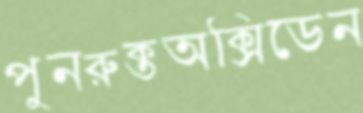
পুনরুক্তঅক্সিডেন